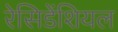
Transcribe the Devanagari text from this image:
रेसिडेंशियल